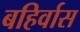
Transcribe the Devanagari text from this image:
बहिर्वास